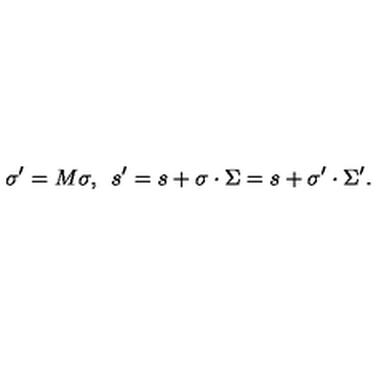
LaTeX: \sigma ^ { \prime } = M \sigma , \enspace s ^ { \prime } = s + \sigma \cdot \Sigma = s + \sigma ^ { \prime } \cdot \Sigma ^ { \prime } .